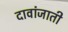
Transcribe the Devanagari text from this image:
दावांजाती